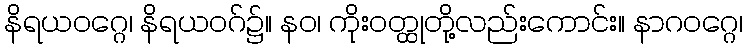
နိရယဝဂ္ဂေ၊ နိရယဝဂ်၌။ နဝ၊ ကိုးဝတ္ထုတို့လည်းကောင်း။ နာဂဝဂ္ဂေ၊